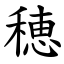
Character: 穂